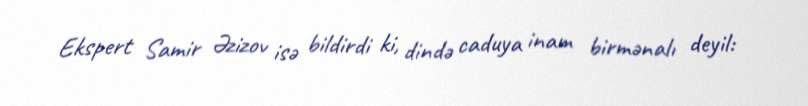
Ekspert Samir Əzizov isə bildirdi ki, dində caduya inam birmənalı deyil: